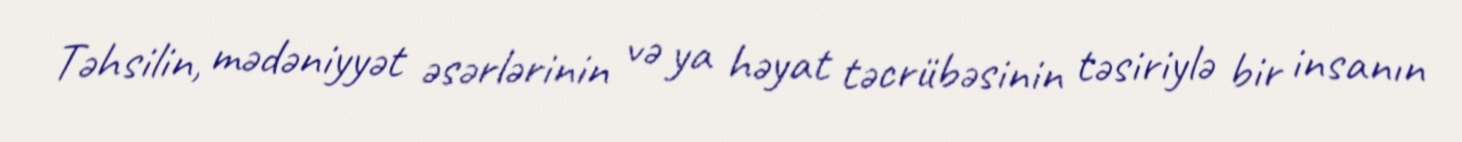
Təhsilin, mədəniyyət əsərlərinin və ya həyat təcrübəsinin təsiriylə bir insanın